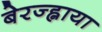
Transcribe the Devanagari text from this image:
बेरज्ह्नाया